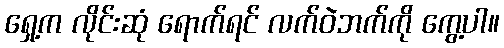
ရှေ့က လိုင်းဆုံ ရောက်ရင် လက်ဝဲဘက်ကို ကွေ့ပါ။